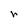
Character: r